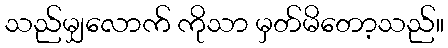
သည်မျှလောက် ကိုသာ မှတ်မိတော့သည်။